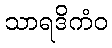
သာရဒိကံဝ